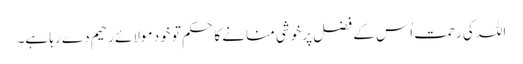
اللہ کی رحمت اُس کے فضل پر خوشی منانے کا حکم تو خود مولائے رحیم دے رہا ہے۔